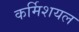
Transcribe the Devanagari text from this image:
कर्मिशयल